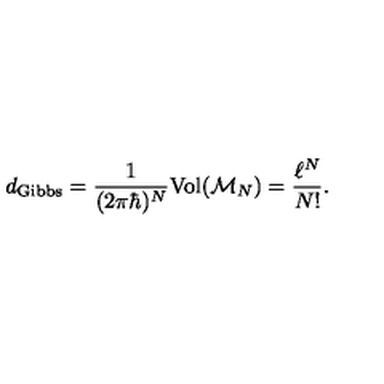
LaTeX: d _ { \mathrm { G i b b s } } = \frac { 1 } { ( 2 \pi \hbar ) ^ { N } } \mathrm { V o l } ( { \cal M } _ { N } ) = \frac { \ell ^ { N } } { N ! } .